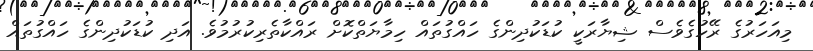
މިއަހަރުގެ ރޭހުގެވެސް ޝިޔާރަކީ ކުޑަކުދިންގެ ހައްގުތައް ހިމާޔަތްކޮށް ރައްކާތެރިކުރުމުވެ. އަދި ކުޑަކުދިންގެ ހައްގުތައް